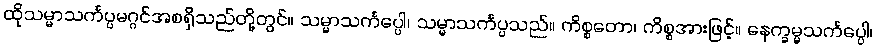
ထိုသမ္မာသင်္ကပ္ပမဂ္ဂင်အစရှိသည်တို့တွင်။ သမ္မာသင်္ကပ္ပေါ၊ သမ္မာသင်္ကပ္ပသည်။ ကိစ္စတော၊ ကိစ္စအားဖြင့်။ နေက္ခမ္မသင်္ကပ္ပေါ၊